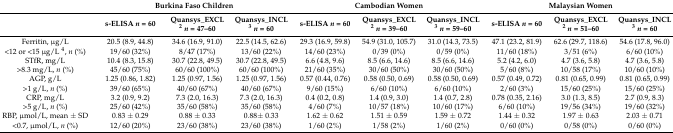
<table><thead><tr><td>[EMPTY_CELL]</td><td colspan="3"><b>Burkina Faso Children</b></td><td colspan="3"><b>Cambodian Women</b></td><td colspan="3"><b>Malaysian Women</b></td></tr><tr><td>[EMPTY_CELL]</td><td><b>s-ELISA <i>n</i> = 60</b></td><td><b>Quansys_EXCL <sup>2</sup><i>n</i> = 47–60</b></td><td><b>Quansys_INCL <sup>3</sup><i>n</i> = 60</b></td><td><b>s-ELISA <i>n</i> = 60</b></td><td><b>Quansys_EXCL <sup>2</sup><i>n</i> = 39–60</b></td><td><b>Quansys_INCL <sup>3</sup><i>n</i> = 59–60</b></td><td><b>s-ELISA <i>n</i> = 60</b></td><td><b>Quansys_EXCL <sup>2</sup><i>n</i> = 51–60</b></td><td><b>Quansys_INCL <sup>3</sup><i>n</i> = 60</b></td></tr></thead><tbody><tr><td>Ferritin, μg/L</td><td>20.5 (8.9, 44.8)</td><td>34.6 (16.9, 91.0)</td><td>22.5 (14.5, 62.6)</td><td>29.3 (16.9, 59.8)</td><td>54.9 (31.0, 105.7)</td><td>31.0 (14.3, 73.5)</td><td>47.1 (23.2, 81.9)</td><td>62.6 (29.7, 118.6)</td><td>54.6 (17.8, 96.0)</td></tr><tr><td>&lt;12 or &lt;15 μg/L <sup>4</sup>, <i>n</i> (%)</td><td>19/60 (32%)</td><td>8/47 (17%)</td><td>13/60 (22%)</td><td>14/60 (23%)</td><td>0/39 (0%)</td><td>0/59 (0%)</td><td>11/60 (18%)</td><td>3/51 (6%)</td><td>6/60 (10%)</td></tr><tr><td>STfR, mg/L</td><td>10.4 (8.3, 15.8)</td><td>30.7 (22.8, 49.5)</td><td>30.7 (22.8, 49.5)</td><td>6.6 (4.8, 9.6)</td><td>8.5 (6.6, 14.6)</td><td>8.5 (6.6, 14.6)</td><td>5.2 (4.2, 6.0)</td><td>4.7 (3.6, 5.8)</td><td>4.7 (3.6, 5.8)</td></tr><tr><td>&gt;8.3 mg/L, <i>n</i> (%)</td><td>45/60 (75%)</td><td>60/60 (100%)</td><td>60/60 (100%)</td><td>21/60 (35%)</td><td>30/60 (50%)</td><td>30/60 (50%)</td><td>5/60 (8%)</td><td>10/58 (17%)</td><td>10/60 (10%)</td></tr><tr><td>AGP, g/L</td><td>1.25 (0.86, 1.82)</td><td>1.25 (0.97, 1.56)</td><td>1.25 (0.97, 1.56)</td><td>0.57 (0.44, 0.76)</td><td>0.58 (0.50, 0.69)</td><td>0.58 (0.50, 0.69)</td><td>0.57 (0.49, 0.72)</td><td>0.81 (0.65, 0.99)</td><td>0.81 (0.65, 0.99)</td></tr><tr><td>&gt;1 g/L, <i>n</i> (%)</td><td>39/60 (65%)</td><td>40/60 (67%)</td><td>40/60 (67%)</td><td>9/60 (15%)</td><td>6/60 (10%)</td><td>6/60 (10%)</td><td>2/60 (3%)</td><td>15/60 (25%)</td><td>15/60 (25%)</td></tr><tr><td>CRP, mg/L</td><td>3.2 (0.9, 9.2)</td><td>7.3 (2.0, 16.3)</td><td>7.3 (2.0, 16.3)</td><td>0.4 (0.2, 0.8)</td><td>1.4 (0.9, 3.0)</td><td>1.4 (0.7, 2.8)</td><td>0.78 (0.35, 2.16)</td><td>3.0 (1.3, 8.5)</td><td>2.7 (0.9, 8.3)</td></tr><tr><td>&gt;5 g/L, <i>n</i> (%)</td><td>25/60 (42%)</td><td>35/60 (58%)</td><td>35/60 (58%)</td><td>4/60 (7%)</td><td>10/57 (18%)</td><td>10/60 (17%)</td><td>6/60 (10%)</td><td>19/56 (34%)</td><td>19/60 (32%)</td></tr><tr><td>RBP, μmol/L, mean ± SD</td><td>0.83 ± 0.29</td><td>0.88 ± 0.33</td><td>0.88± 0.33</td><td>1.62 ± 0.62</td><td>1.51 ± 0.59</td><td>1.59 ± 0.72</td><td>1.44 ± 0.32</td><td>1.97 ± 0.63</td><td>2.03 ± 0.71</td></tr><tr><td>&lt;0.7, μmol/L, <i>n</i> (%)</td><td>12/60 (20%)</td><td>23/60 (38%)</td><td>23/60 (38%)</td><td>1/60 (2%)</td><td>1/58 (2%)</td><td>1/60 (2%)</td><td>0/60 (0%)</td><td>0/58 (0%)</td><td>0/60 (0%)</td></tr></tbody></table>